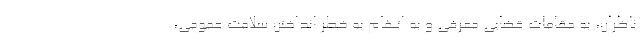
ناظران، به مقامات قضایی معرفی و به اتهام به خطر انداختن سلامت عمومی،